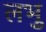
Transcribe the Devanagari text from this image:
लभु